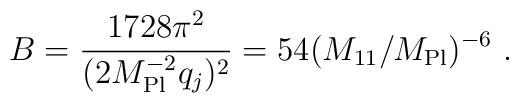
B = \frac{1728 \pi^2}{(2 M_{\rm Pl}^{-2} q_j)^2}  = 54 ( M_{11}/M_{\rm Pl} )^{-6}\ .